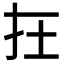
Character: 𡉈